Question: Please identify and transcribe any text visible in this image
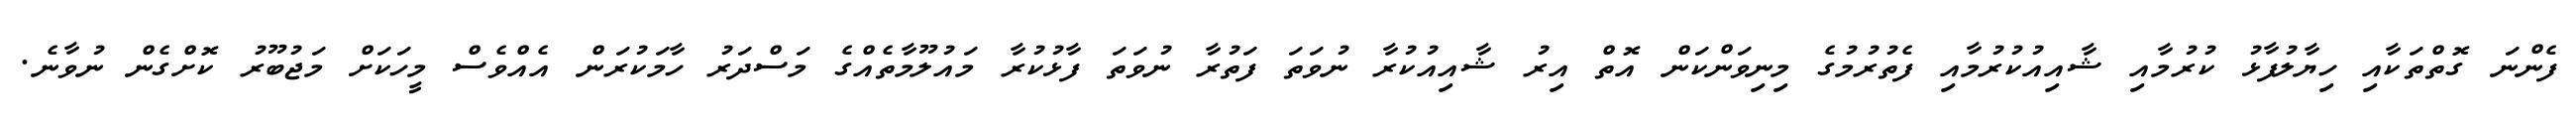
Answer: ފެންނަ ގޮތްތަކާއި ހިޔާލުފާޅު ކުރުމާއި ޝާއިއުކުރުމާއި ފެތުރުމުގެ މިނިވަންކަން އޮތް އިރު ޝާއިއުކުރާ ނުވަތަ ފަތުރާ ނުވަތަ ފާޅުކުރާ މައުލޫމާތެއްގެ މަސްދަރު ހާމަކުރަން އެއްވެސް މީހަކަށް މަޖުބޫރު ކޮށްގެން ނުވާނެ.